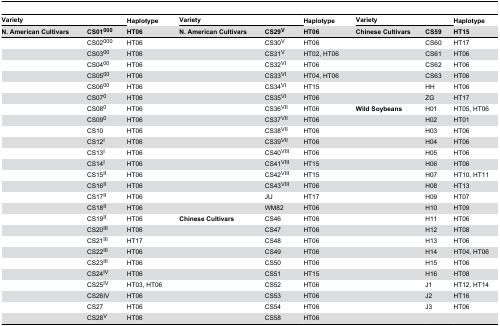
<table><thead><tr><td colspan="2"><b>Variety</b></td><td><b>Haplotype</b></td><td colspan="2"><b>Variety</b></td><td><b>Haplotype</b></td><td colspan="2"><b>Variety</b></td><td><b>Haplotype</b></td></tr><tr><td><b>N. American Cultivars</b></td><td><b>CS01<sup>000</sup></b></td><td><b>HT06</b></td><td><b>N. American Cultivars</b></td><td><b>CS29<sup>V</sup></b></td><td><b>HT06</b></td><td><b>Chinese Cultivars</b></td><td><b>CS59</b></td><td><b>HT15</b></td></tr></thead><tbody><tr><td></td><td>CS02<sup>000</sup></td><td>HT06</td><td></td><td>CS30<sup>V</sup></td><td>HT06</td><td></td><td>CS60</td><td>HT17</td></tr><tr><td></td><td>CS03<sup>00</sup></td><td>HT06</td><td></td><td>CS31<sup>V</sup></td><td>HT02, HT06</td><td></td><td>CS61</td><td>HT06</td></tr><tr><td></td><td>CS04<sup>00</sup></td><td>HT06</td><td></td><td>CS32<sup>VI</sup></td><td>HT06</td><td></td><td>CS62</td><td>HT06</td></tr><tr><td></td><td>CS05<sup>00</sup></td><td>HT06</td><td></td><td>CS33<sup>VI</sup></td><td>HT04, HT06</td><td></td><td>CS63</td><td>HT06</td></tr><tr><td></td><td>CS06<sup>00</sup></td><td>HT06</td><td></td><td>CS34<sup>VI</sup></td><td>HT15</td><td></td><td>HH</td><td>HT06</td></tr><tr><td></td><td>CS07<sup>0</sup></td><td>HT06</td><td></td><td>CS35<sup>VI</sup></td><td>HT06</td><td></td><td>ZG</td><td>HT17</td></tr><tr><td></td><td>CS08<sup>0</sup></td><td>HT06</td><td></td><td>CS36<sup>VII</sup></td><td>HT06</td><td><b>Wild Soybeans</b></td><td>H01</td><td>HT05, HT06</td></tr><tr><td></td><td>CS09<sup>0</sup></td><td>HT06</td><td></td><td>CS37<sup>VII</sup></td><td>HT06</td><td></td><td>H02</td><td>HT01</td></tr><tr><td></td><td>CS10</td><td>HT06</td><td></td><td>CS38<sup>VII</sup></td><td>HT06</td><td></td><td>H03</td><td>HT06</td></tr><tr><td></td><td>CS12<sup>I</sup></td><td>HT06</td><td></td><td>CS39<sup>VII</sup></td><td>HT06</td><td></td><td>H04</td><td>HT06</td></tr><tr><td></td><td>CS13<sup>I</sup></td><td>HT06</td><td></td><td>CS40<sup>VIII</sup></td><td>HT06</td><td></td><td>H05</td><td>HT06</td></tr><tr><td></td><td>CS14<sup>I</sup></td><td>HT06</td><td></td><td>CS41<sup>VIII</sup></td><td>HT15</td><td></td><td>H06</td><td>HT06</td></tr><tr><td></td><td>CS15<sup>II</sup></td><td>HT06</td><td></td><td>CS42<sup>VIII</sup></td><td>HT15</td><td></td><td>H07</td><td>HT10, HT11</td></tr><tr><td></td><td>CS16<sup>II</sup></td><td>HT06</td><td></td><td>CS43<sup>VIII</sup></td><td>HT06</td><td></td><td>H08</td><td>HT13</td></tr><tr><td></td><td>CS17<sup>II</sup></td><td>HT06</td><td></td><td>JU</td><td>HT17</td><td></td><td>H09</td><td>HT07</td></tr><tr><td></td><td>CS18<sup>II</sup></td><td>HT06</td><td></td><td>WM82</td><td>HT06</td><td></td><td>H10</td><td>HT09</td></tr><tr><td></td><td>CS19<sup>II</sup></td><td>HT06</td><td><b>Chinese Cultivars</b></td><td>CS46</td><td>HT06</td><td></td><td>H11</td><td>HT06</td></tr><tr><td></td><td>CS20<sup>III</sup></td><td>HT06</td><td></td><td>CS47</td><td>HT06</td><td></td><td>H12</td><td>HT08</td></tr><tr><td></td><td>CS21<sup>III</sup></td><td>HT17</td><td></td><td>CS48</td><td>HT06</td><td></td><td>H13</td><td>HT06</td></tr><tr><td></td><td>CS22<sup>III</sup></td><td>HT06</td><td></td><td>CS49</td><td>HT06</td><td></td><td>H14</td><td>HT04, HT06</td></tr><tr><td></td><td>CS23<sup>III</sup></td><td>HT06</td><td></td><td>CS50</td><td>HT06</td><td></td><td>H15</td><td>HT06</td></tr><tr><td></td><td>CS24<sup>IV</sup></td><td>HT06</td><td></td><td>CS51</td><td>HT15</td><td></td><td>H16</td><td>HT08</td></tr><tr><td></td><td>CS25<sup>IV</sup></td><td>HT03, HT06</td><td></td><td>CS52</td><td>HT06</td><td></td><td>J1</td><td>HT12, HT14</td></tr><tr><td></td><td>CS26IV</td><td>HT06</td><td></td><td>CS53</td><td>HT06</td><td></td><td>J2</td><td>HT16</td></tr><tr><td></td><td>CS27</td><td>HT06</td><td></td><td>CS54</td><td>HT06</td><td></td><td>J3</td><td>HT06</td></tr><tr><td></td><td>CS28<sup>V</sup></td><td>HT06</td><td></td><td>CS58</td><td>HT06</td><td></td><td></td><td></td></tr></tbody></table>